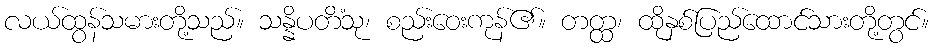
လယ်ထွန်သမားတို့သည်။ သန္နိပတိံသု၊ စည်းဝေးကုန်၏။ တတ္ထ၊ ထိုနှစ်ပြည်ထောင်သားတို့တွင်။